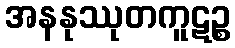
အနနုဿုတကူဋဉ္စ